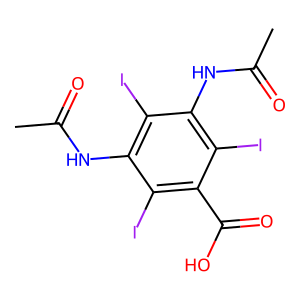
SMILES: CC(=O)Nc1c(I)c(NC(C)=O)c(I)c(C(=O)O)c1I
Inhibits HIV replication: No